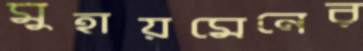
মুহায়মেনের